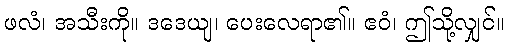
ဖလံ၊ အသီးကို။ ဒဒေယျ၊ ပေးလေရာ၏။ ဧဝံ၊ ဤသို့လျှင်။